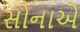
સોનાએ